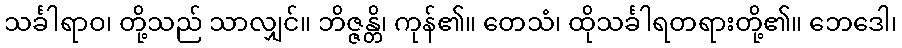
သင်္ခါရာဝ၊ တို့သည် သာလျှင်။ ဘိဇ္ဇန္တိ၊ ကုန်၏။ တေသံ၊ ထိုသင်္ခါရတရားတို့၏။ ဘေဒေါ၊